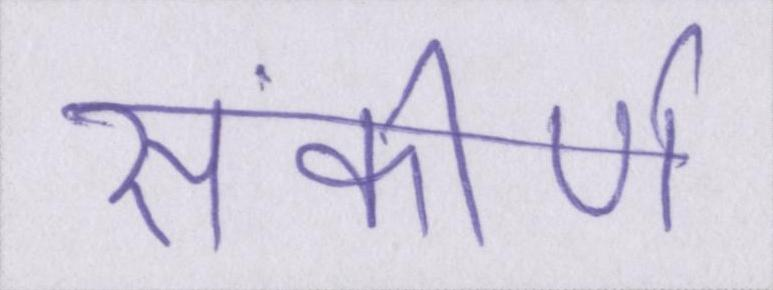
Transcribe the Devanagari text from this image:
संकीर्ण